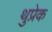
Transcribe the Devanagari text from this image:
थुप्रेक